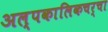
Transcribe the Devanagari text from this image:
अल्पकालिकचर्चा